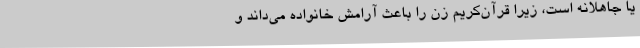
یا جاهلانه است، زیرا قرآن‌کریم زن را باعث آرامش خانواده می‌داند و